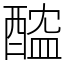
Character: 醓